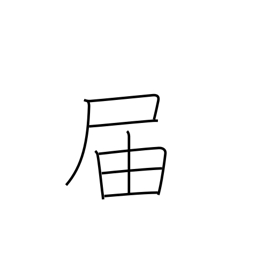
Meaning: arrive